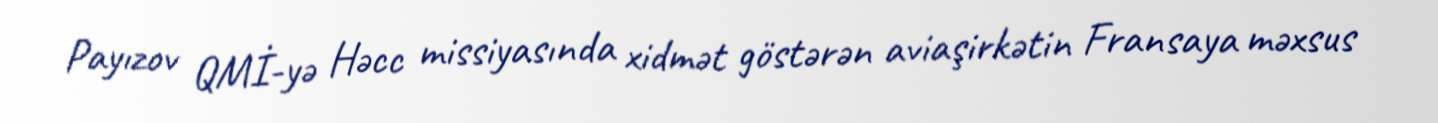
Payızov QMİ-yə Həcc missiyasında xidmət göstərən aviaşirkətin Fransaya məxsus